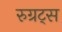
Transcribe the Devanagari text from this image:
रुग्रट्स